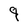
Character: q